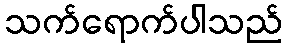
သက်ရောက်ပါသည်